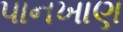
પાનખાણ